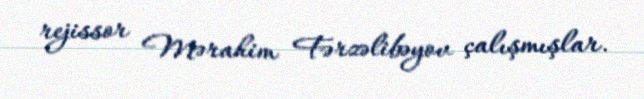
rejissor Mərahim Fərzəlibəyov çalışmışlar.